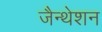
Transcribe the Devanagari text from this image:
जैन्थेशन